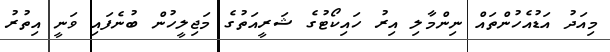
މިއަދު އަޑުއެހުންތައް ނިންމާލި އިރު ހައިކޯޓުގެ ޝަރީއަތުގެ މަޖިލީހުން ބުނެފައި ވަނީ އިތުރު